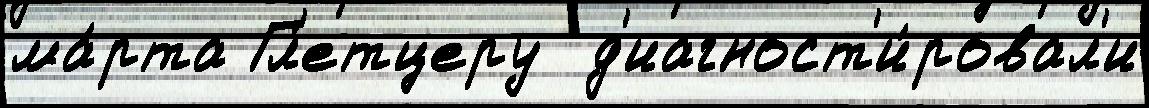
ма́рта Гл'етцеру  д'иагност'и́ровал'и